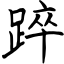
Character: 踤